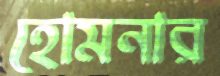
হোমনার